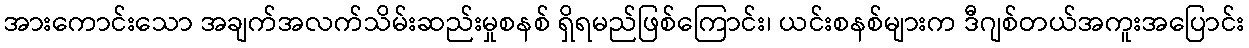
အားကောင်းသော အချက်အလက်သိမ်းဆည်းမှုစနစ် ရှိရမည်ဖြစ်ကြောင်း၊ ယင်းစနစ်များက ဒီဂျစ်တယ်အကူးအပြောင်း